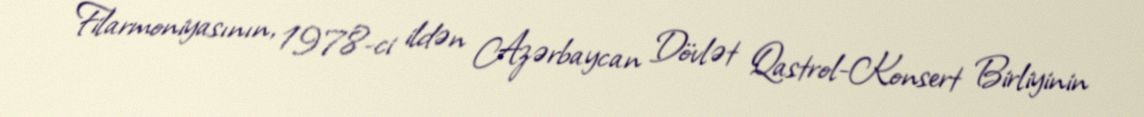
Filarmoniyasının, 1978-ci ildən Azərbaycan Dövlət Qastrol-Konsert Birliyinin